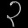
Digit: ၃